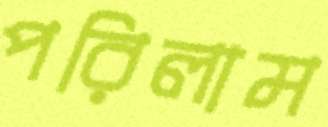
পরিলাম